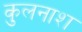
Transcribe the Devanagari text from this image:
कुलनाश